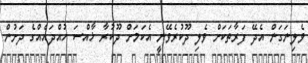
ވެލިނަގަން އެދޭ ފަރާތަކަށް ވެލި ދޫކުރެވޭނީ އެކަމަށް ދޫކުރާ ޚާއްސަ ހުއްދައެއްގެ ދަށުން